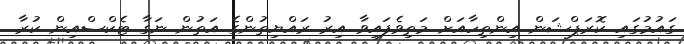
ގައުމުގައި ކޮރަޕްޝަން އިންތިހާއަށް މަތިވެފައިވާ އިރު ރައްޔިތުންގެ އަތުން ނަގާ ޓެކްސްއިން ކުރާ